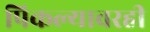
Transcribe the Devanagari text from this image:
पिकल्यावरही